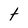
Character: t